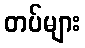
တပ်များ